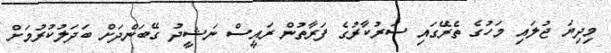
މިދިޔަ ޖުލައި މަހުގެ ތެރޭގައި ސަރުކާރުގެ ފަރާތުން ރައީސް ނަޝީދު ގޭބަންދަށް ބަދަލުކުރުމަށް